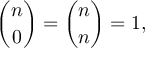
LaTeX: { \binom { n } { 0 } } = { \binom { n } { n } } = 1 ,